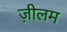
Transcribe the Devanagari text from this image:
ज़ीलम